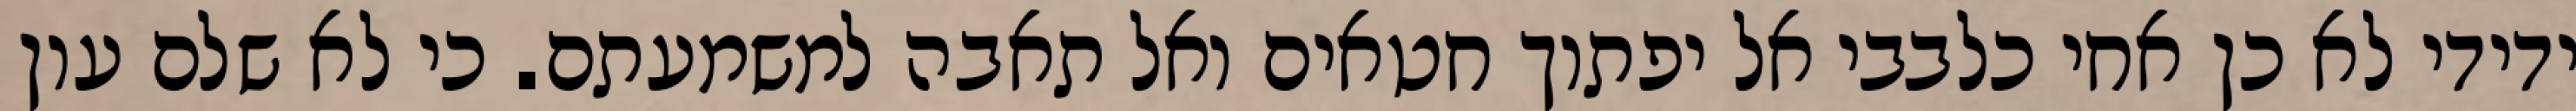
ידידי לא כן אחי כלבבי אל יפתוך חטאים ואל תאבה למשמעתם. כי לא שלם עון